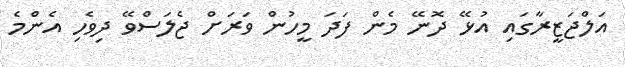
އަލްޖަޒީރާގައި އުޅޭ ދޮނޭ މެން ފަދަ މީހުން ވަރަށް ޖެލަސްވޭ ދިވެހި އެންމެ